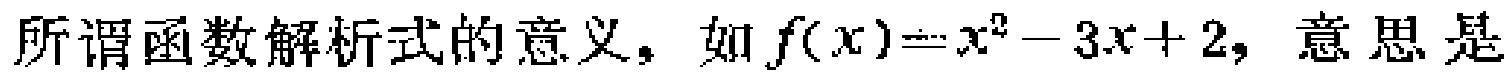
所谓函数解析式的意义，如\(f(x)=x^{2}-3x + 2\)，意思是